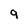
Character: 9